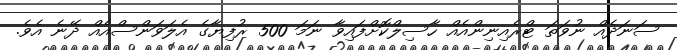
ސަނަދެއް ނުވަތަ ޓްރެއިނިންއެއް ހާސިލްކޮށްފައިވާ ނަމަ 500 ރުފިޔާގެ އެލަވަންސްއެއް ދޭނެ އެވެ.